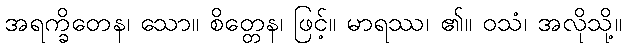
အရက္ခိတေန၊ သော။ စိတ္တေန၊ ဖြင့်။ မာရဿ၊ ၏။ ဝသံ၊ အလိုသို့။